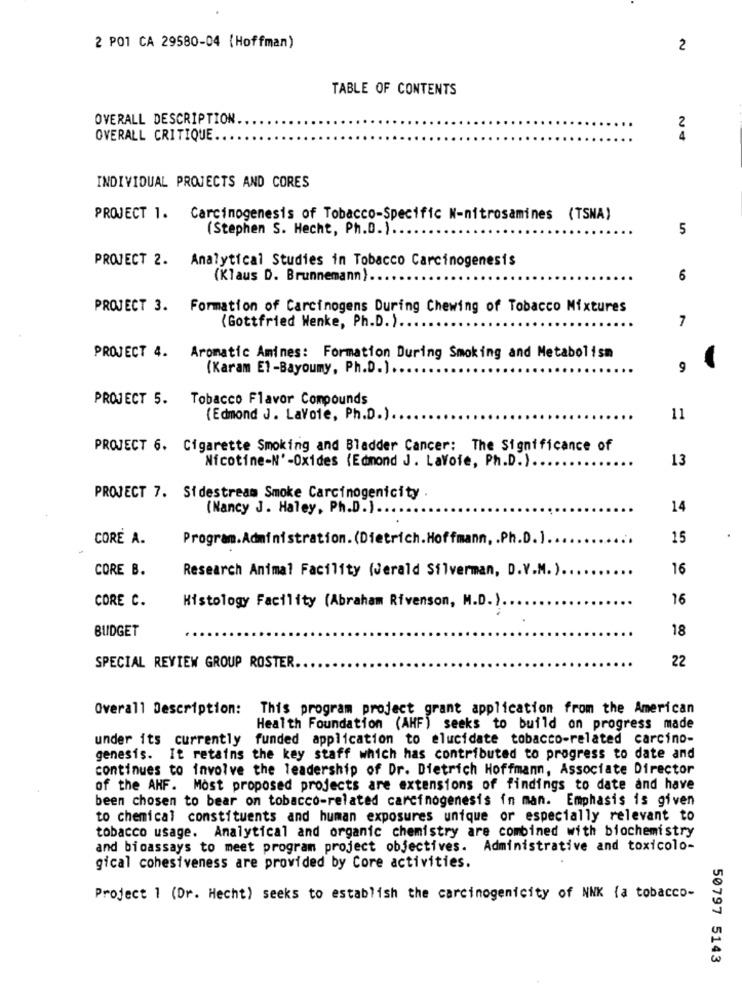
2 POI CA 29580-04 (Hoffman)
2
TABLE OF CONTENTS
OVERALL DESCRIPTION
2
OVERALL CRITIQUE
INDIVIDUAL PROJECTS AND CORES
PROJECT 1. Carcinogenesis of Tobacco-Specific N-nitrosamines (TSNA)
(Stephen S. Hecht, Ph.D.)
5
PROJECT 2. Analytical Studies in Tobacco Carcinogenesis
(Klaus D. Brunnemann).
6
PROJECT 3. Formation of Carcinogens During Chewing of Tobacco Mixtures
(Gottfried Wenke, Ph.D. ).
7
PROJECT 4. Aromatic Amines: Formation During Smoking and Metabolism
(Karam El-Bayoumy, Ph.D.).
9
PROJECT 5.
Tobacco Flavor Compounds
(Edmond J. Lavoie, Ph.D.).
11
PROJECT 6. Cigarette Smoking and Bladder Cancer: The Significance of
Nicotine-N' -Oxides (Edmond J. LaVoie, Ph.D.).
13
PROJECT 7. Sidestream Smoke Carcinogenicity
(Nancy J. Haley, Ph.D.) ..
14
CORE A.
Program.Administration.(Dietrich.Hoffmann, . Ph.D.].
15
CORE B.
Research Animal Facility (Jerald Silverman, D.V.M.) ..
16
CORE C.
16
Histology Facility (Abraham Rivenson, M.D.).
BUDGET
18
22
SPECIAL REVIEW GROUP ROSTER
Overall Description: This program project grant application from the American
Health Foundation (AHF) seeks to build on progress made
under its currently funded application to elucidate tobacco-related carcino-
genesis. It retains the key staff which has contributed to progress to date and
continues to involve the leadership of Dr. Dietrich Hoffmann, Associate Director
of the AHF. Most proposed projects are extensions of findings to date and have
been chosen to bear on tobacco-related carcinogenesis in man. Emphasis is given
to chemical constituents and human exposures unique or especially relevant to
tobacco usage. Analytical and organic chemistry are combined with biochemistry
and bioassays to meet program project objectives. Administrative and toxicolo-
gical cohesiveness are provided by Core activities.
Project 1 (Dr. Hecht) seeks to establish the carcinogenicity of NNK (a tobacco-
50797 5143